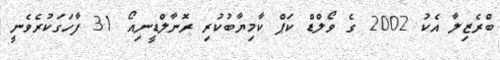
ބްރެޒިލާ އެކު 2002 ގެ ވޯލްޑް ކަޕް ކާމިޔާބުކުރި ރޮނާލްޑީނިއޯ 31 ފާހަގަކުރެވެނީ